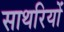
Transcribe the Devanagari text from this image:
साथरियों